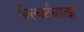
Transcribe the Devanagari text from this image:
सिल्बर्टचात्झ